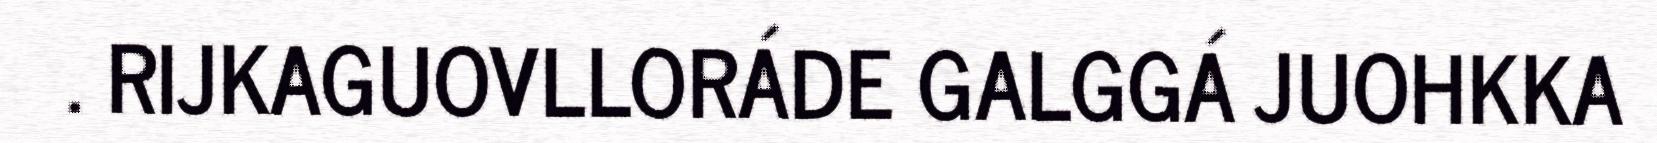
. RIJKAGUOVLLORÁDE GALGGÁ JUOHKKA